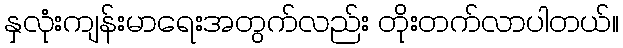
နှလုံးကျန်းမာရေးအတွက်လည်း တိုးတက်လာပါတယ်။